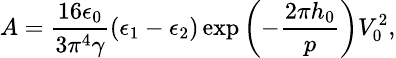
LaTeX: \small A=\frac{16\epsilon_{0}}{3\pi^{4}\gamma}(\epsilon_{1}-\epsilon_{2})\exp\left(-\frac{2\pi h_{0}}{p}\right)V_{0}^{2},